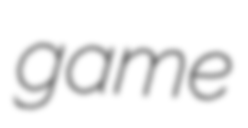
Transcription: game